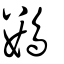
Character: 鷜